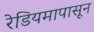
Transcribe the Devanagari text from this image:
रेडियमापासून